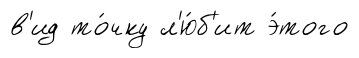
в'ид то́чку л'ю́б'ит э́того